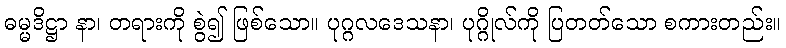
ဓမ္မဒိဋ္ဌာ နာ၊ တရားကို စွဲ၍ ဖြစ်သော။ ပုဂ္ဂလဒေသနာ၊ ပုဂ္ဂိုလ်ကို ပြတတ်သော စကားတည်း။